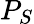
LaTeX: P_{S}